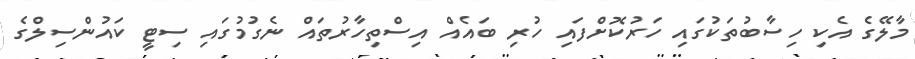
މާލޭގެ އެކި ހިސާބުތަކުގައި ހަރުކޮށްފައި ހުރި ބައެއް އިސްތިހާރުތައް ނެގުމުގައި ސިޓީ ކައުންސިލްގެ